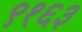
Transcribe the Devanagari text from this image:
९१६३